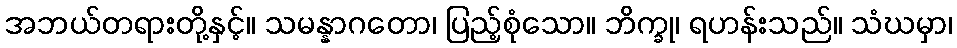
အဘယ်တရားတို့နှင့်။ သမန္နာဂတော၊ ပြည့်စုံသော။ ဘိက္ခု၊ ရဟန်းသည်။ သံဃမှာ၊